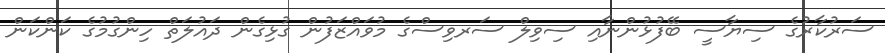
ސަރުކާރުގެ ސިޔާސީ ބޭފުޅުންނާއި ސިވިލް ސަރވިސްގެ މުވައްޒަފުން ގުޅިގެން ދައުލަތް ހިންގުމުގެ ކަންކަން